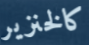
كالخنزير